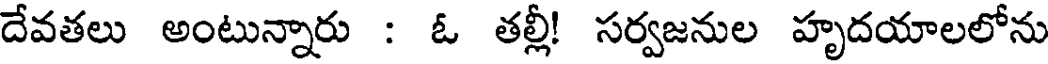
దేవతలు అంటున్నారు : ఓ తల్లీ! సర్వజనుల హృదయాలలోను